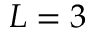
L = 3